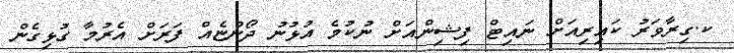
ކ.ގިރާވަރު ކައިރިއަށް ނައިޓް ފިޝިންއަށް ނުކުމެ އުޅުނު ދޯންޏެއް ފަރަށް އެރުމާ ގުޅިގެން